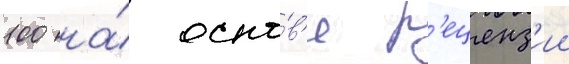
100 на́ осно́в'е р'еценз'ии